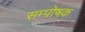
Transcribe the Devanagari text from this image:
सम्पोषक